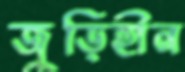
জুড়িহীন